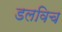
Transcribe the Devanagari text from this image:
डलविच